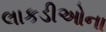
લાકડીઓના